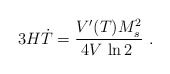
\begin{align*}3H \dot T = {V'(T) M_s^2 \over 4 V \, \ln 2\ } \ .\end{align*}